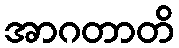
အာဂတာတိ